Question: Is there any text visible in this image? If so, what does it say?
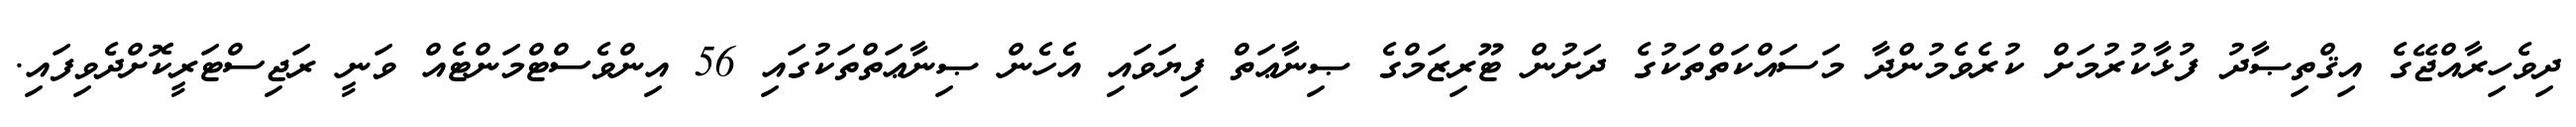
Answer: ދިވެހިރާއްޖޭގެ އިޤްތިޞާދު ފުޅާކުރުމަށް ކުރެވެމުންދާ މަސައްކަތްތަކުގެ ދަށުން ޓޫރިޒަމްގެ ޞިނާޢަތް ފިޔަވައި އެހެން ޞިނާޢަތްތަކުގައި 56 އިންވެސްޓްމަންޓެއް ވަނީ ރަޖިސްޓަރީކޮށްދެވިފައި.